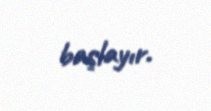
başlayır.